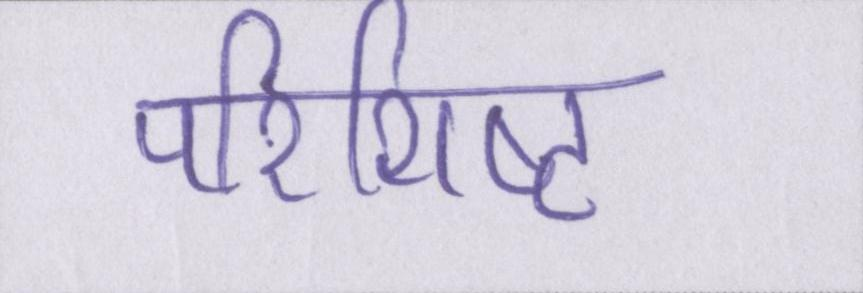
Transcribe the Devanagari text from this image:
परिशिष्ट